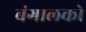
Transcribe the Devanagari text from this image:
बंगालको